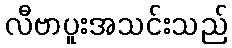
လီဗာပူးအသင်းသည်